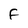
Character: F